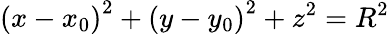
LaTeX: \left(x-x_{0}\right)^{2}+\left(y-y_{0}\right)^{2}+z^{2}=R^{2}